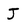
Character: J